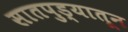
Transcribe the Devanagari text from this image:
सातपुड्यातून